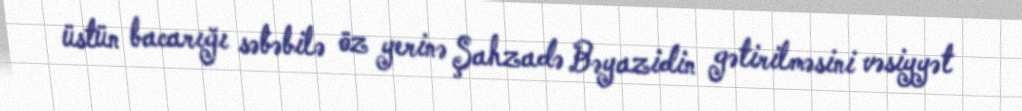
üstün bacarığı səbəbilə öz yerinə Şahzadə Bəyazidin gətirilməsini vəsiyyət